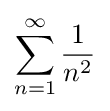
\sum _{n=1}^{\infty }{\frac {1}{n^{2}}}